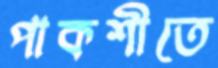
পাকশীতে